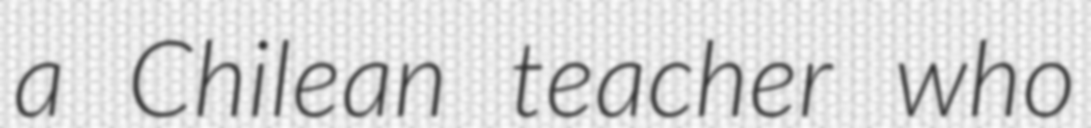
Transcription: a Chilean teacher who